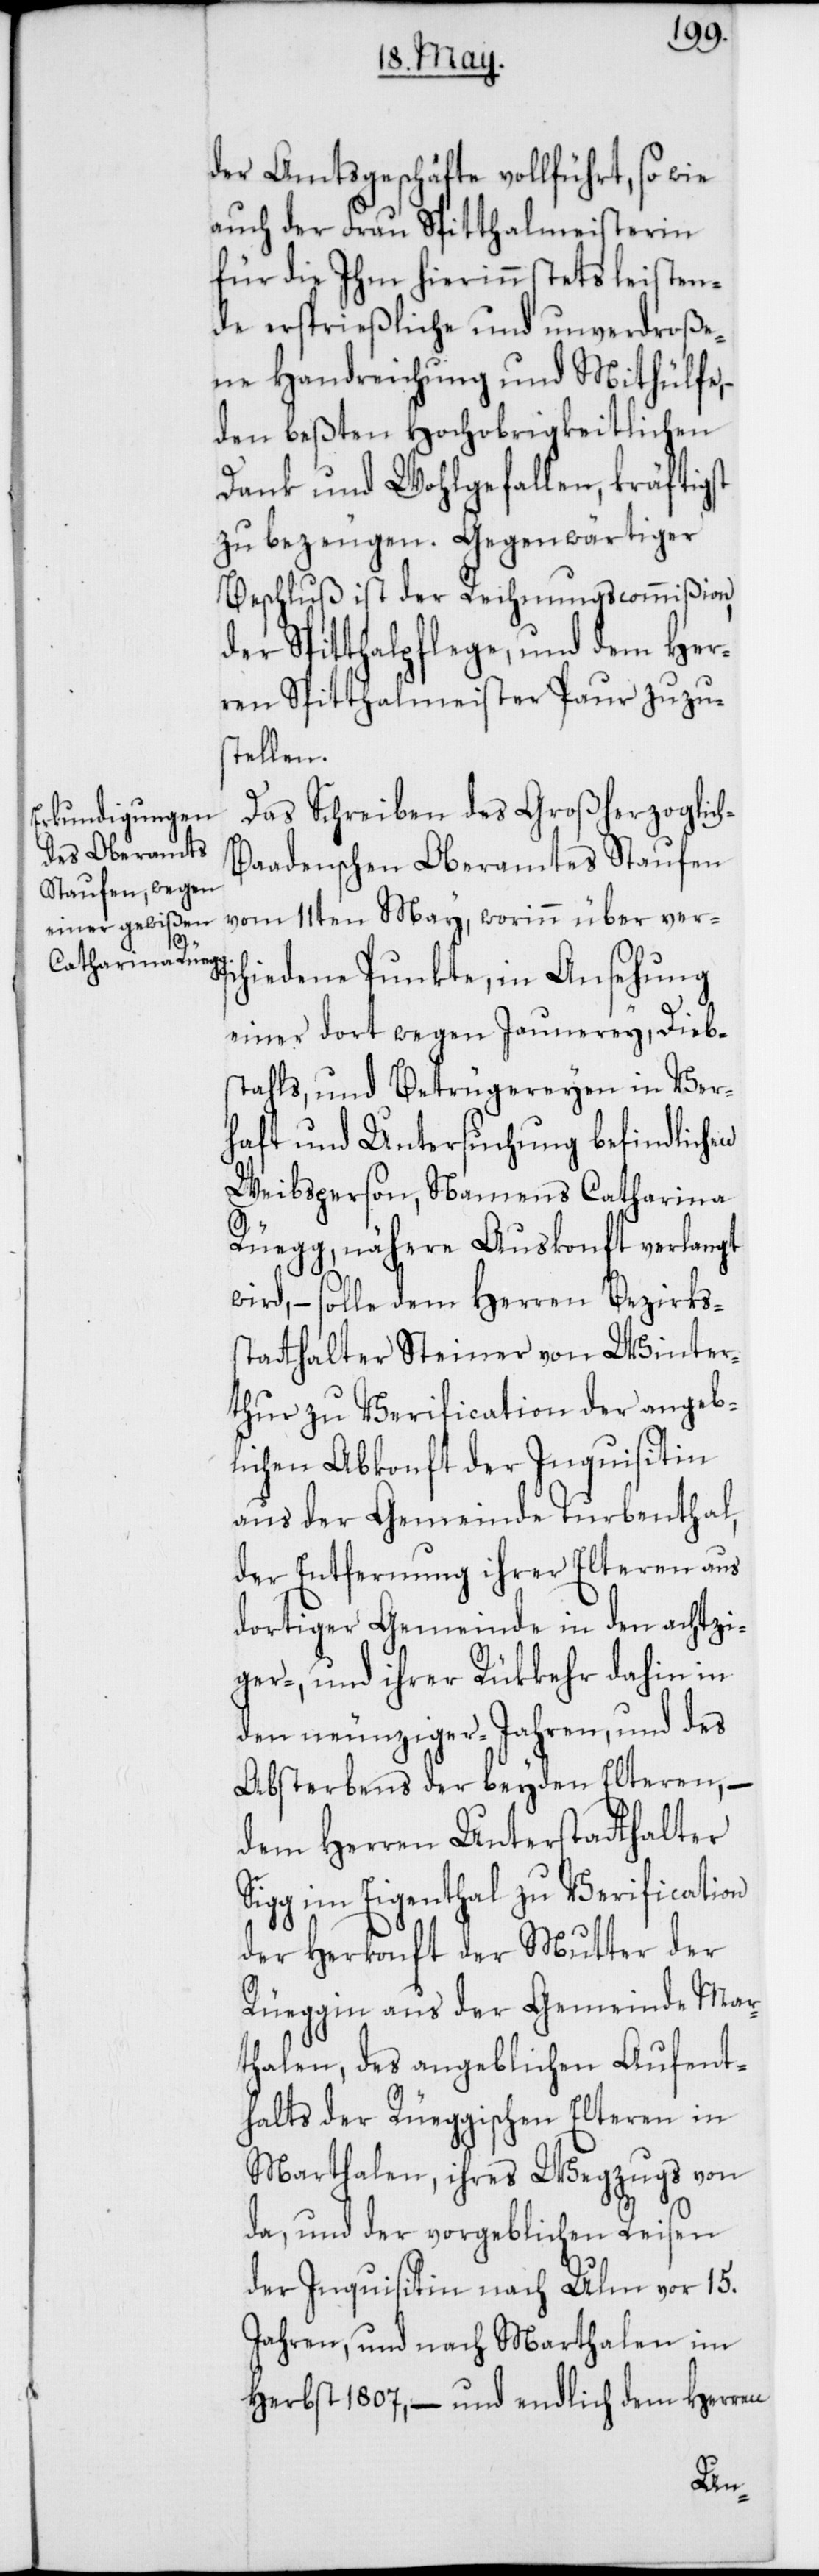
der Amtsgeschäfte vollführt, sowie
auch der Frau Spitthalmeisterin
für die Ihm hierinn stets leisten¬
de ersprießliche und unverdroße¬
ne Handreychung und Mithülfe,
den beßten Hochobrigkeitlichen
Dank und Wohlgefallen, kräftigst
Beschluß ist der Rechnungscommißion,
der Spitthalpflege, und dem Her¬
ren Spitthalmeister Paur zuzu¬
stellen.
Das Schreiben des Großherzoglic¬
aadenschen Oberamtes Staufen
vom 11ten May, worinn über ver¬
schiedene Punkte, in Ansehung
einer dort wegen Jaunerey, Dieb¬
stahls, und Betrügereyen in Ver¬
haft und Untersuchung befindlichen
Weibsperson, Namens Catharina
Rüegg, nähere Auskonft verlangt
wird, – solle dem Herren Bezirks¬
statthalter Steiner von Winter¬
thur zu Verification der angeb¬
lichen Abkonft der Inquisitin
aus der Gemeinde Turbenthal,
der Entfernung ihrer Elteren aus
dortiger Gemeinde in den achtzi¬
ger-, und ihrer Rükkehr dahin in
den neunziger-Jahren, und des
Absterbens der beyden Elteren, –
dem Herren Unterstatthalter
Sigg im Eigenthal zu Verification
der Herkonft der Mutter der
Rüeggin aus der Gemeinde Mar¬
thalen, des angeblichen Aufent¬
halts der Rüeggischen Elteren in
Marthalen, ihres Wegzugs von
da, und der vorgeblichen Reisen
der Inquisitin nach Ulm vor 15.
Jahren, und nach Marthalen im
Herbst 1807, – und endlich dem Herren
h-B¬